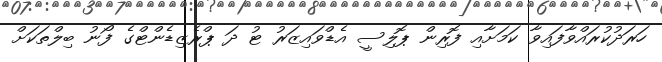
ހަރަދުކުރައްވާފައިވާ ކަަމަށާއި ފޮރިން ޕޮލިސީ އެޑްވައިޒަރު ޓު ދަ ޕްރެޒިޑެންޓްގެ ފޯނު ބިލްތަކަށް